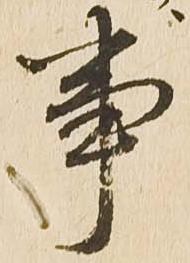
事